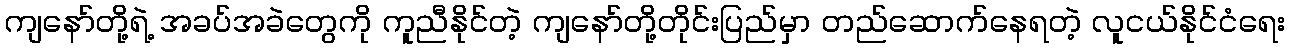
ကျနော်တို့ရဲ့ အခပ်အခဲတွေကို ကူညီနိုင်တဲ့ ကျနော်တို့တိုင်းပြည်မှာ တည်ဆောက်နေရတဲ့ လူငယ်နိုင်ငံရေး